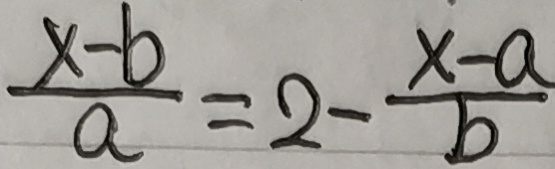
\frac { x - b } { a } = 2 - \frac { x - a } { b }